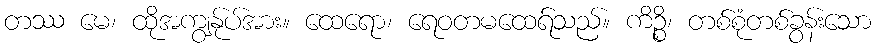
တဿ မေ၊ ထိုအကျွန်ုပ်အား။ ထေရော၊ ရေဝတမထေရ်သည်။ ကိဉ္စိ၊ တစ်စုံတစ်ခွန်းသော